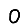
Digit: 0